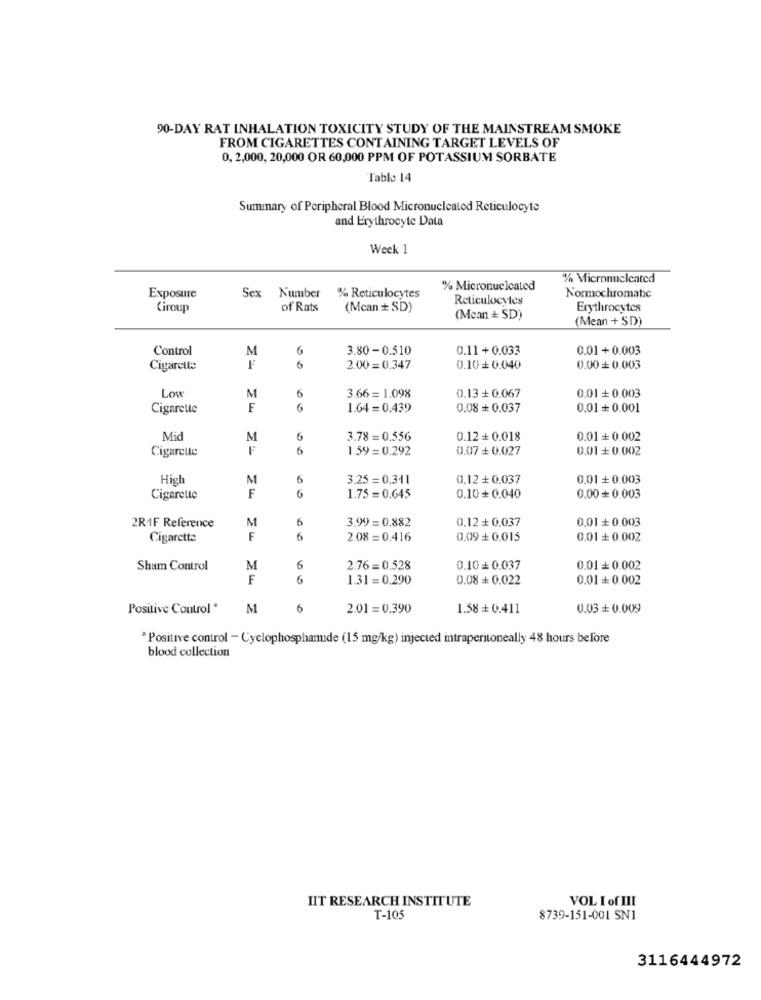
90-DAY RAT INHALATION TOXICITY STUDY OF THE MAINSTREAM SMOKE
FROM CIGARETTES CONTAINING TARGET LEVELS OF
0, 2,000, 20,000 OR 60,000 PPM OF POTASSIUM SORBATE
Tablo 14
Summary of Peripheral Blood Micronucleated Reticulocyte
and Erythrocyte Data
Week 1
% Micronicleated
% Micronucleated
Exposure
Sex Number % Reticulocytes
Reticulocytes
Normochromatic
Ciroup
of Rats
(Mcan + SD)
Erythrocytes
(Mean + SD)
(Mean + SD)
Control
M
6
3.80 -0.510
0.11+ 0.033
0.01+0.003
Cigarette
F
6
2.00 = 0.347
0.10 + 0.040
0.00+ 0.003
Low
M
6
3.66 = 1.098
0.13 + 0.067
0.01 + 0.003
Cigarette
F
6
1.64= 0.439
0.08 + 0.037
0.01 + 0.001
Mid
M
6
3.78 = 0.556
0.12 + 0.018
0.01+ 0.002
Cigarette
6
1.59= 0.292
0.07 + 0.027
0.01 + 0.002
High
M
6
3.25 = 0.341
0.12 + 0.037
0.01 + 0.003
F
6
Cigarette
1.75 = 0.645
0.10+ 0.040
0.00 + 0.003
M
6
3.99 = 0,882
0.12 + 0,037
0.01 + 0.003
2R1F Reference
Cigarette
F
6
2.08 = 0.416
0.09 + 0.015
0.01 + 0.002
Sham Control
M
6
2.76= 0.528
0.10 = 0.037
0.01 = 0.002
F
6
1.31= 0.290
0.08 + 0.022
0.01 +0.002
Positive Control "
M
6
2.01= 0.390
1.58 + 0.411
0.03 + 0.009
"Positive control - Cyclophosphanude (15 mg/kg) injected intraperitoneally 48 hours before
blood collection
HIT RESEARCH INSTITUTE
VOL I of III
T-105
8739-151-001 SN1
3116444972